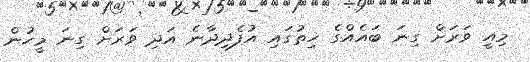
މިއީ ވަރަށް ގިނަ ބައެއްގެ ހިތުގައި އުފެދިދާނެ އަދި ވަރަށް ގިނަ މީހުން